Sketch of the medical history of the native army of Bombay, for the year
Year: 1875
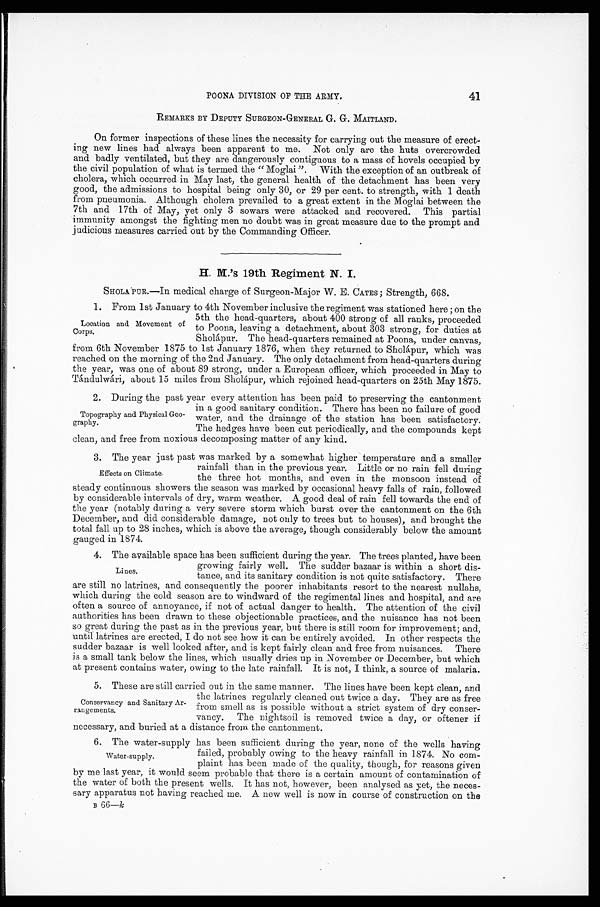
41
POONA DIVISION OF THE ARMY.
REMARKS BY DEPUTY SURGEON-GENERAL G. G. MAITLAND.
On former inspections of these lines the necessity for carrying out the measure of erect
-
ing new lines had always been apparent to me. Not only are the huts overcrowded
and badly ventilated, but they are dangerously contiguous to a mass of hovels occupied by
the civil population of what is termed the "Moglai". With the exception of an outbreak of
cholera, which occurred in May last, the general health of the detachment has been very
good, the admissions to hospital being only 30, or 29 per cent. to strength, with 1 death
from pneumonia. Although cholera prevailed to a great extent in the Moglai between the
7th and 17th of May, yet only 3 sowars were attacked and recovered. This partial
immunity amongst the fighting men no doubt was in great measure due to the prompt and
judicious measures carried out by the Commanding Officer.
H.M.'s 19th Regiment N. I.
SHOLA PUR.—In medical charge of Surgeon-Major W. E. CATES; Strength, 668.
1 . F r o m 1 s t J a n u a r y t o 4 t h N o v e m b e r i n c l u s i v e t h e r e g i m e n t w a s s t a t i o n e d h e r e ; o n t h e
5th the head-quarters, about 400 strong of all ranks, proceeded
to Poona, leaving a detachment, about 303 strong, for duties at
Shohápur. The head-quarters remained at Poona, under canvas,
from 6th November 1875 to 1st January 1876, when they returned to Sholápur, which was
reached on the morning of the 2nd January. The only detachment from head-quarters during
the year, was one of about 89 strong, under a European officer, which proceeded in May to
Tándulwári, about 15 miles from Sholápur, which rejoined head-quarters on 25th May 1875.
2. During the past year every attention has been paid to preserving the cantonment
in a good sanitary condition. There has been no failure of good
water, and the drainage of the station has been satisfactory.
The hedges have been cut periodically, and the compounds kept
clean, and free from noxious decomposing matter of any kind.
3. The year just past was marked by a somewhat higher temperature and a smaller
rainfall than in the previous year. Little or no rain fell during
the three hot months, and even in the monsoon instead of
steady continuous showers the season was marked by occasional heavy falls of rain, followed
by considerable intervals of dry, warm weather. A good deal of rain fell towards the end of
the year (notably during a very severe storm which burst over the cantonment on the 6th
December, and did considerable damage, not only to trees but to houses), and brought the
total fall up to 28 inches, which is above the average, though considerably below the amount
gauged in 1874.
4. The available space has been sufficient during the year. The trees planted, have been
growing fairly well. The sudder bazaar is within a short dis
-
tance, and its sanitary condition is not quite satisfactory. There
are still no latrines, and consequently the poorer inhabitants resort to the nearest nullahs,
which during the cold season are to windward of the regimental lines and hospital, and are
often a source of annoyance, if not of actual danger to health. The attention of the civil
authorities has been drawn to these objectionable practices, and the nuisance has not been
so great during the past as in the previous year, but there is still room for improvement; and,
until latrines are erected, I do not see how it can be entirely avoided. In other respects the
sudder bazaar is well looked after, and is kept fairly clean and free from nuisances. There
is a small tank below the lines, which usually dries up in November or December, but which
at present contains water, owing to the late rainfall. It is not, I think, a source of malaria.
5 . T h e s e a r e s t i l l c a r r i e d o u t i n t h e s a m e m a n n e r . T h e l i n e s h a v e b e e n k e p t c l e a n , a n d
the latrines regularly cleaned out twice a day. They are as free
from smell as is possible without a strict system of dry conser
-
vancy. The nightsoil is removed twice a day, or oftener if
necessary, and buried at a distance from the cantonment.
6. The water-supply has been sufficient during the year, none of the wells having
failed, probably owing to the heavy rainfall in 1874. No com
-
plaint has been made of the quality, though, for reasons given
by me last year, it would seem probable that there is a certain amount of contamination of
the water of both the present wells. It has not, however, been analysed as yet, the neces-
sary apparatus not having reached me. A new well is now in course of construction on the
Location and Movement of
Corps.
Topography and Physical Geo
-
graphy.
Effects on Climate.
Lines.
Conservancy and Sanitary Ar
-
rangements.
Water-supply.